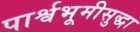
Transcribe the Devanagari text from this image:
पार्श्वभूमीसुद्धा